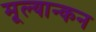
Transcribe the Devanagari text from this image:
मूल्यान्कन